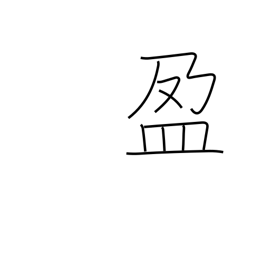
Meaning: fullness